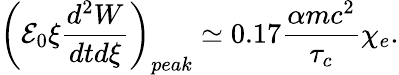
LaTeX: \left(\mathcal{E}_{0}\xi\frac{d^{2}W}{dtd\xi}\right)_{peak}\simeq 0.17\frac{\alpha mc^{2}}{\tau_{c}}\chi_{e}.